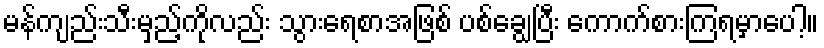
မန်ကျည်းသီးမှည့်ကိုလည်း သွားရေစာအဖြစ် ပစ်ချွေပြီး ကောက်စားကြရမှာပေါ့။